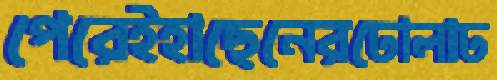
পেরেইহাছেনেরঢোলাঢ